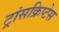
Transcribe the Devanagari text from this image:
ट्रांसक्रिप्टेस